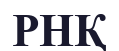
РНҚ